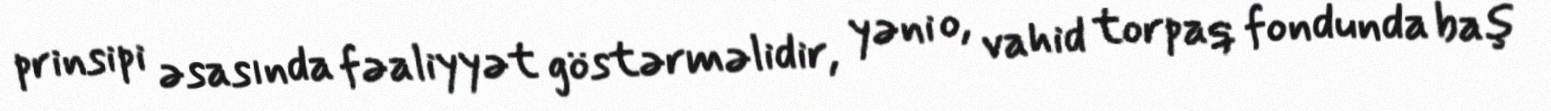
prinsipi əsasında fəaliyyət göstərməlidir, yəni o, vahid torpaq fondunda baş